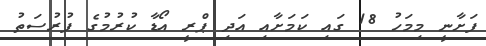
ފަށާނީ މިމަހު 18 ގައި ކަމަށާއި އަދި ޕްރީ އޯޑާ ކުރުމުގެ ފުރުސަތު